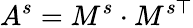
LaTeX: A^{s}=M^{s}\cdot M^{s\top}